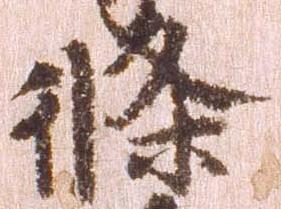
条